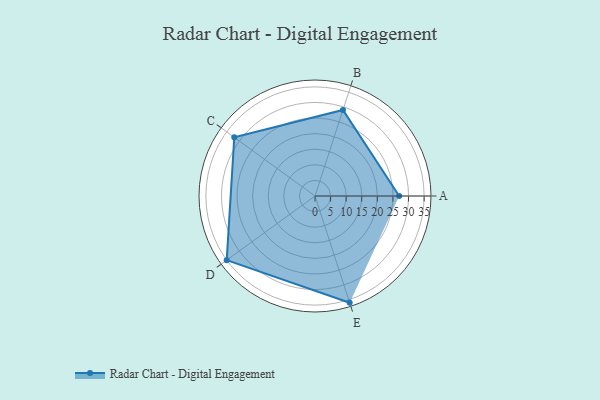
{"axis": {"x": "Skill", "y": "Score"}, "legend": ["Profile"], "data": [{"x": "A", "y": 27.0, "type": "Profile"}, {"x": "B", "y": 29.0, "type": "Profile"}, {"x": "C", "y": 32.0, "type": "Profile"}, {"x": "D", "y": 35.0, "type": "Profile"}, {"x": "E", "y": 36.0, "type": "Profile"}]}